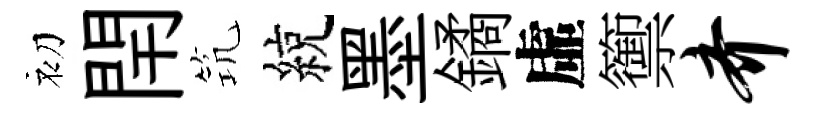
初閈𥬑綂墨鐍虛籞齐